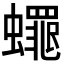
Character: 𮕋